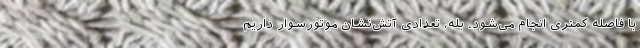
با فاصله کمتری انجام می‌شود. بله، تعدادی آتش‌نشان موتورسوار داریم